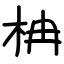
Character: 柟